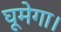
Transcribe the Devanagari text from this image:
घूमेगा।